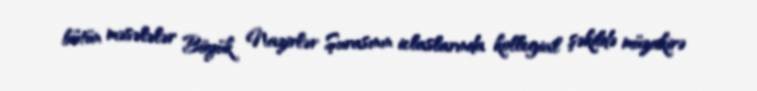
bütün məsələlər Böyük Nazirlər Şurasının iclaslarında kollegial şəkildə müzakirə